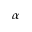
\alpha